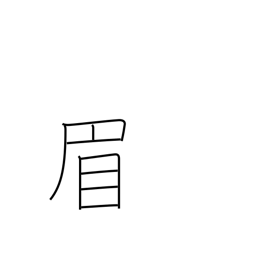
Meaning: eyebrow